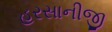
હરસાનીજી